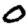
Digit: 0